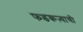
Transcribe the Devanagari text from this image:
फडकऱ्याची